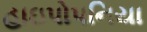
હાઇપોપનિયા